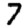
Digit: 7